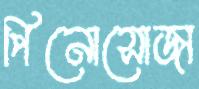
পিনোসোজা